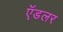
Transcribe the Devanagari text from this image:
ऍडलर